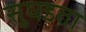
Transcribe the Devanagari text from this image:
सुघडता